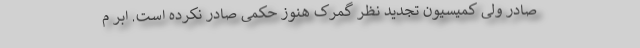
صادر ولی کمیسیون تجدید نظر گمرک هنوز حکمی صادر نکرده است. اَبَر م